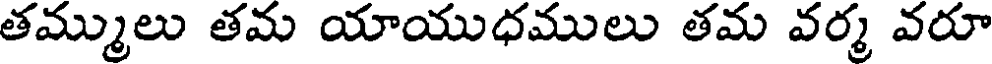
తమ్ములు తమ యాయుధములు తమ వర్మ వరూ